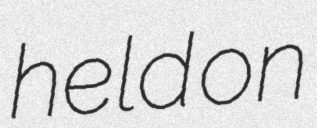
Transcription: held on